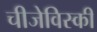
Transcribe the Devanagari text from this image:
चीजेविस्की